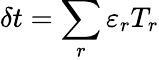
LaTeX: \delta t=\sum_{r}\varepsilon_{r}T_{r}